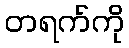
တရက်ကို